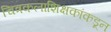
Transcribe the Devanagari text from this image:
चित्रकलाशिक्षकांकडून